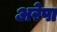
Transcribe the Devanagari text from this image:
अरेपा